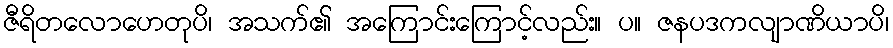
ဇီရိတလောဟေတုပိ၊ အသက်၏ အကြောင်းကြောင့်လည်း။ ပ။ ဇနပဒကလျာဏိယာပိ၊